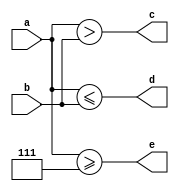
module comparison( input [3:0] a, input [3:0] b, output c, output d, output e);
assign c = a > b;
assign d = a <= b;
assign e = a >= 4'b0111;
endmodule